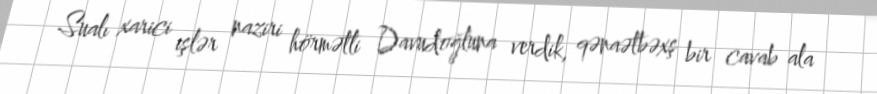
Sualı xarici işlər naziri hörmətli Davudoğluna verdik, qənaətbəxş bir cavab ala